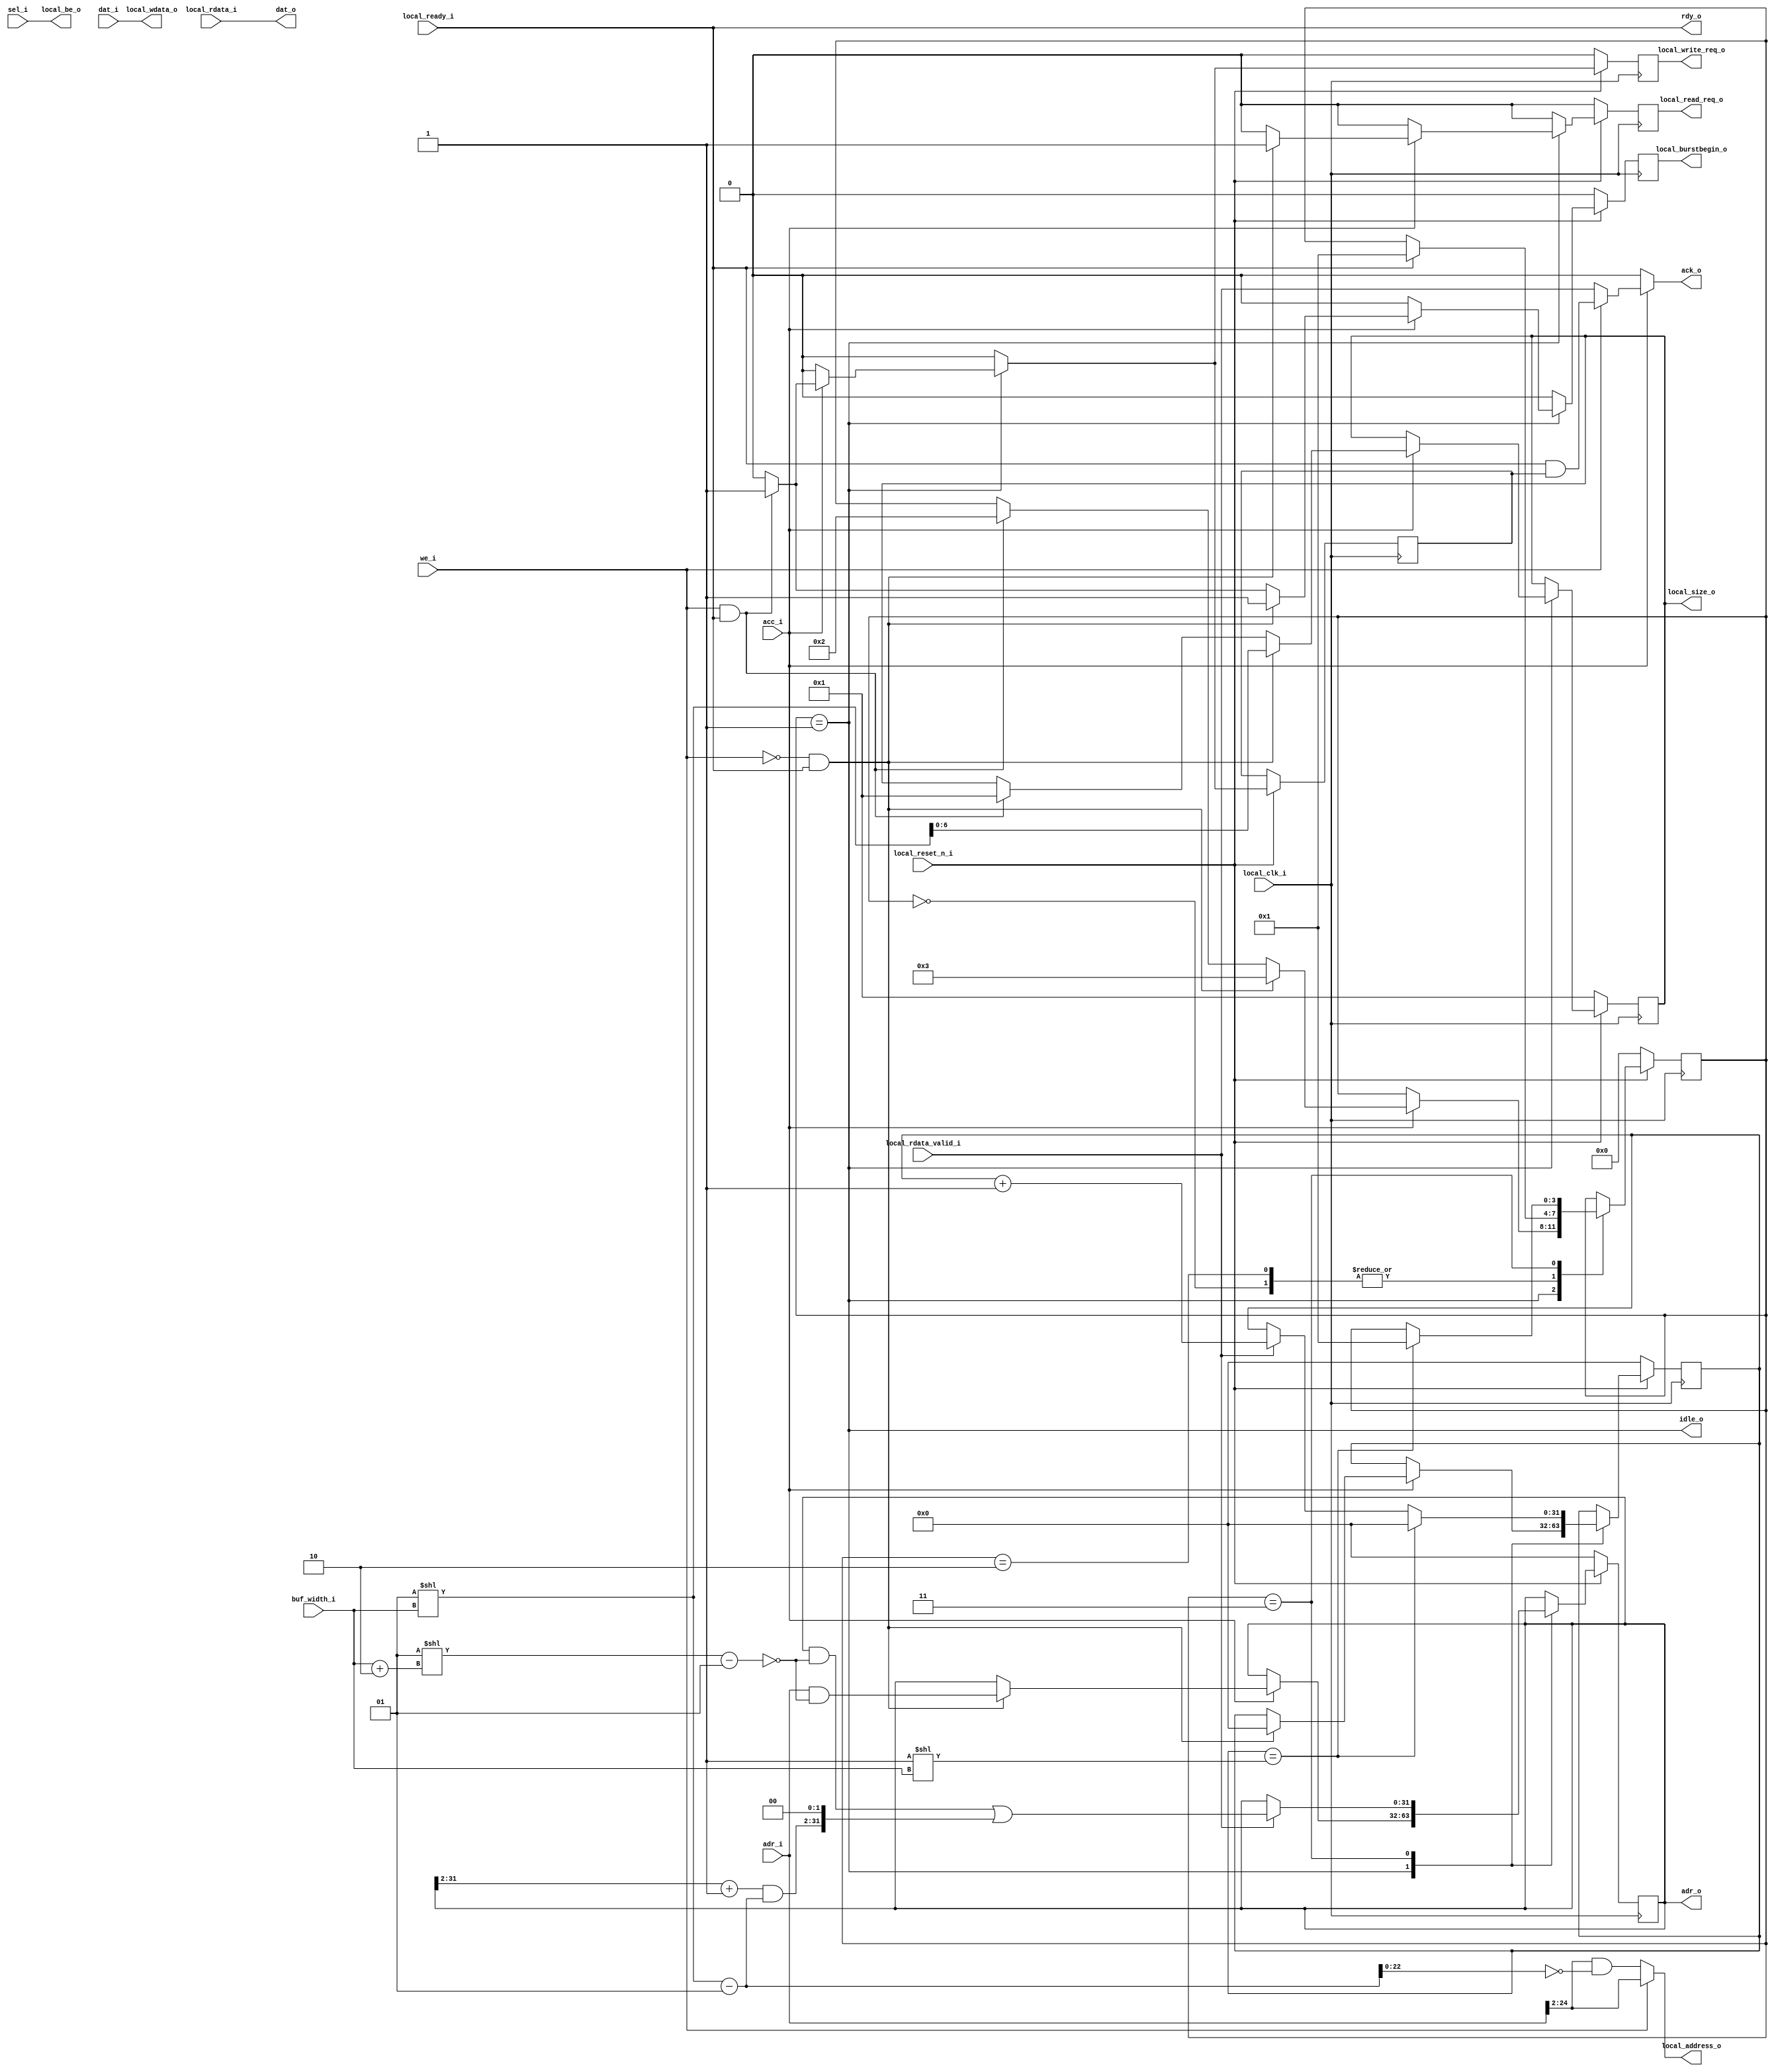
/*
 * Copyright (c) 2014, Franck Jullien <franck.jullien@gmail.com>
 * All rights reserved.
 *
 * Redistribution and use in source and non-source forms, with or without
 * modification, are permitted provided that the following conditions are met:
 *     * Redistributions of source code must retain the above copyright
 *       notice, this list of conditions and the following disclaimer.
 *     * Redistributions in non-source form must reproduce the above copyright
 *       notice, this list of conditions and the following disclaimer in the
 *       documentation and/or other materials provided with the distribution.
 *
 * THIS WORK IS PROVIDED BY THE COPYRIGHT HOLDERS AND CONTRIBUTORS "AS IS"
 * AND ANY EXPRESS OR IMPLIED WARRANTIES, INCLUDING, BUT NOT LIMITED TO,
 * THE IMPLIED WARRANTIES OF MERCHANTABILITY AND FITNESS FOR A PARTICULAR
 * PURPOSE ARE DISCLAIMED. IN NO EVENT SHALL THE COPYRIGHT HOLDER OR
 * CONTRIBUTORS BE LIABLE FOR ANY DIRECT, INDIRECT, INCIDENTAL, SPECIAL,
 * EXEMPLARY, OR CONSEQUENTIAL DAMAGES (INCLUDING, BUT NOT LIMITED TO,
 * PROCUREMENT OF SUBSTITUTE GOODS OR SERVICES;
 * LOSS OF USE, DATA, OR PROFITS; OR BUSINESS INTERRUPTION) HOWEVER CAUSED AND
 * ON ANY THEORY OF LIABILITY, WHETHER IN CONTRACT, STRICT LIABILITY, OR TORT
 * (INCLUDING NEGLIGENCE OR OTHERWISE) ARISING IN ANY WAY OUT OF THE USE OF THIS
 * WORK, EVEN IF ADVISED OF THE POSSIBILITY OF SUCH DAMAGE.
 */

module ddr_ctrl_wrapper #(
	parameter ADDR_WIDTH	= 25	// Memory size = 2^ADDR_WIDTH = 32MB
)
(
	// Internal interface
	output			rdy_o,
	output			idle_o,
	input  [31:0]		adr_i,
	output [31:0]		adr_o,
	input  [31:0]		dat_i,
	output [31:0]		dat_o,
	input  [3:0]		sel_i,
	input			acc_i,
	output			ack_o,
	input			we_i,
	input  [3:0]		buf_width_i,

	output [ADDR_WIDTH-3:0]	local_address_o,
	output			local_write_req_o,
	output			local_read_req_o,
	output			local_burstbegin_o,
	output [31:0]		local_wdata_o,
	output [3:0]		local_be_o,
	output [6:0]		local_size_o,
	input  [31:0]		local_rdata_i,
	input			local_rdata_valid_i,
	input			local_reset_n_i,
	input			local_clk_i,
	input			local_ready_i
);

	localparam LOCAL_ADR_WIDTH = ADDR_WIDTH-2;

	function [31:0] get_mask;
	input [3:0] width;
		begin
			get_mask = ((1 << (width)) - 1);
		end
	endfunction

	assign local_be_o	= sel_i;
	assign dat_o		= local_rdata_i;
	assign local_address_o	= we_i ? adr_i[LOCAL_ADR_WIDTH+1:2] : adr_i[LOCAL_ADR_WIDTH+1:2] & ~get_mask(buf_width_i);
	assign local_wdata_o	= dat_i;

	reg		local_write_req;
	reg		local_read_req;
	reg		local_burstbegin;
	reg [31:0]	local_wdata;
	reg [6:0]	local_size;

	assign local_write_req_o	= local_write_req;
	assign local_read_req_o		= local_read_req;
	assign local_burstbegin_o	= local_burstbegin;
	assign local_size_o		= local_size;

	reg [3:0]	state;
	reg [31:0]	count;
	reg		ack_w;
	reg [31:0]	adr;

	wire		ack_w_rdy;

	// FSM states
	localparam [3:0]
		WAIT_READY    = 4'h0,
		IDLE          = 4'h1,
		WRITE         = 4'h2,
		READ          = 4'h3;

	assign rdy_o = local_ready_i;
	assign idle_o = (state == IDLE);
	assign adr_o = adr;
	assign ack_w_rdy = local_ready_i & ack_w;

	assign ack_o = acc_i ? (we_i ? ack_w_rdy : local_rdata_valid_i) : 1'b0;

	always @(posedge local_clk_i) begin
		if (local_reset_n_i == 1'b0) begin
			local_write_req		<= 1'b0;
			local_read_req		<= 1'b0;
			local_burstbegin	<= 1'b0;
			local_size		<= 6'b1;
			count			<= 0;
			adr			<= 32'b0;
			state			<= WAIT_READY;
		end else begin

			ack_w			<= 1'b0;
			local_burstbegin	<= 1'b0;
			local_write_req		<= 1'b0;
			local_burstbegin	<= 1'b0;
			local_read_req		<= 1'b0;

			case (state)

			WAIT_READY: begin
				if (local_ready_i)
					state <= IDLE;
			end

			IDLE: begin
				if (acc_i) begin
					if (we_i & local_ready_i) begin
						ack_w			<= 1'b1;
						local_burstbegin	<= 1'b1;
						local_write_req		<= 1'b1;
						local_size		<= 1;
						state			<= WRITE;
					end
					if (!we_i & local_ready_i) begin
						local_burstbegin	<= 1'b1;
						local_read_req		<= 1'b1;
						state			<= READ;
						local_size		<= (1<<buf_width_i);
						adr			<= adr_i & ~get_mask(buf_width_i+2);
						count			<= 0;
					end
				end
			end

			WRITE : begin
				if (local_ready_i)
					state <= IDLE;
			end

			READ : begin
				if (local_rdata_valid_i) begin
					count <= count + 1'b1;
					adr <= (adr & ~get_mask(buf_width_i+2)) | ((((adr >> 2) + 1) & get_mask(buf_width_i)) << 2);
				end

				if (count == (1<<buf_width_i)) begin
					count <= 0;
					state <= IDLE;
				end
			end


			endcase
		end
	end

endmodule